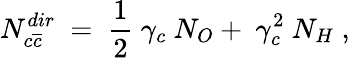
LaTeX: N_{c\overline{{{c}}}}^{dir}~=~\frac{1}{2}~\gamma_{c}~N_{O}+~\gamma_{c}^{2}~N_{H}~,